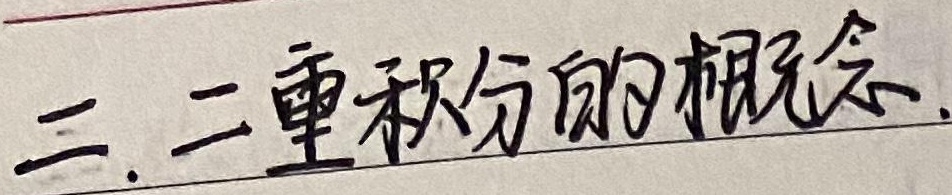
二. 二重积分的概念.